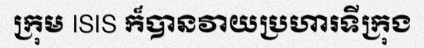
ក្រុម ISIS ក៏បានវាយប្រហារទីក្រុង